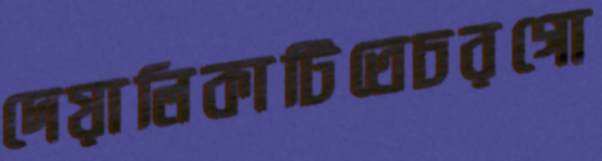
দেয়ালিকাটিতেচরগো